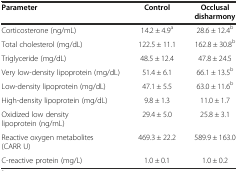
<table><thead><tr><td><b>Parameter</b></td><td><b>Control</b></td><td><b>Occlusal disharmony</b></td></tr></thead><tbody><tr><td>Corticosterone (ng/mL)</td><td>14.2 ± 4.9<sup>a</sup></td><td>28.6 ± 12.4<sup>b</sup></td></tr><tr><td>Total cholesterol (mg/dL)</td><td>122.5 ± 11.1</td><td>162.8 ± 30.8<sup>b</sup></td></tr><tr><td>Triglyceride (mg/dL)</td><td>48.5 ± 12.4</td><td>47.8 ± 24.5</td></tr><tr><td>Very low-density lipoprotein (mg/dL)</td><td>51.4 ± 6.1</td><td>66.1 ± 13.5<sup>b</sup></td></tr><tr><td>Low-density lipoprotein (mg/dL)</td><td>47.1 ± 5.5</td><td>63.0 ± 11.6<sup>b</sup></td></tr><tr><td>High-density lipoprotein (mg/dL)</td><td>9.8 ± 1.3</td><td>11.0 ± 1.7</td></tr><tr><td>Oxidized low density lipoprotein (ng/mL)</td><td>29.4 ± 5.0</td><td>25.8 ± 3.1</td></tr><tr><td>Reactive oxygen metabolites (CARR U)</td><td>469.3 ± 22.2</td><td>589.9 ± 163.0</td></tr><tr><td>C-reactive protein (mg/L)</td><td>1.0 ± 0.1</td><td>1.0 ± 0.2</td></tr></tbody></table>